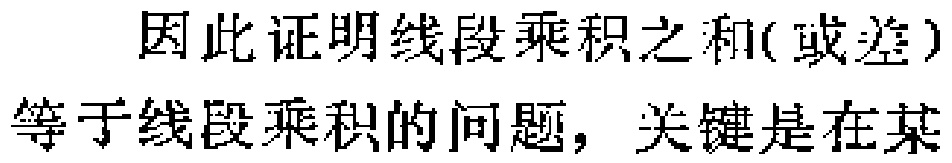
因此证明线段乘积之和(或差)等于线段乘积的问题，关键是在某